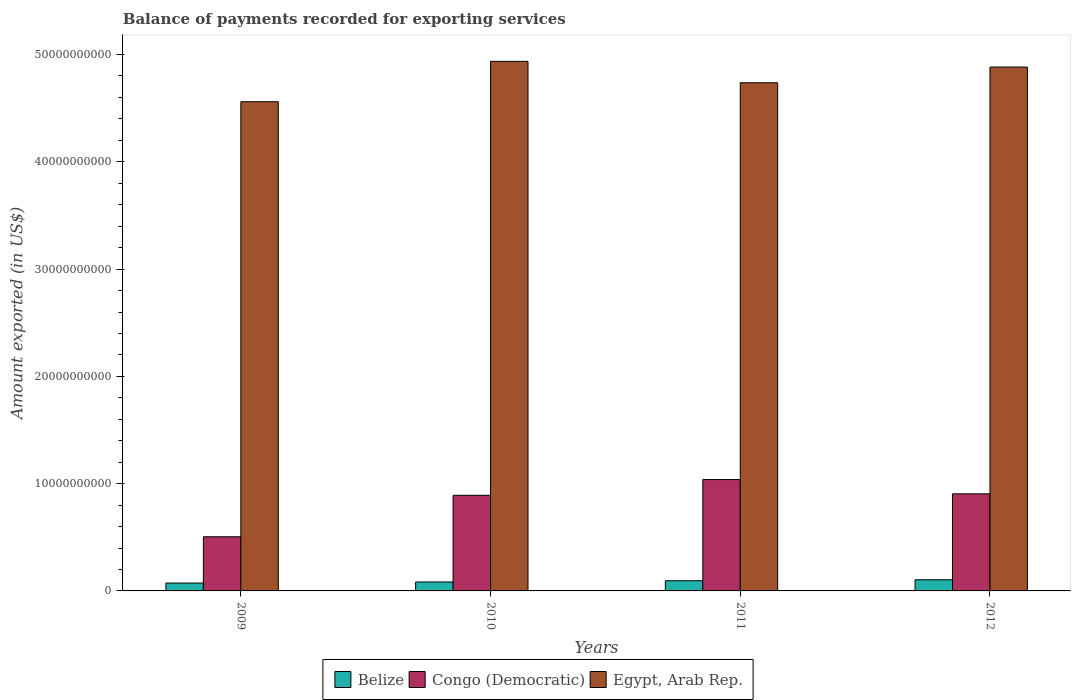
| Years | Belize | Congo (Democratic) | Egypt, Arab Rep. |
 | --- | --- | --- | --- |
 | 2009 | 7.33e+08 | 5.05e+09 | 4.56e+10 |
 | 2010 | 8.34e+08 | 8.91e+09 | 4.94e+10 |
 | 2011 | 9.49e+08 | 1.04e+10 | 4.74e+10 |
 | 2012 | 1.04e+09 | 9.05e+09 | 4.88e+10 |